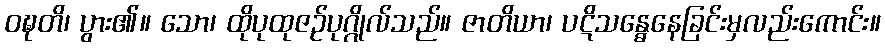
ဝဍ္ဎတိ၊ ပွား၏။ သော၊ ထိုပုထုဇဉ်ပုဂ္ဂိုလ်သည်။ ဇာတိယာ၊ ပဋိသန္ဓေနေခြင်းမှလည်းကောင်း။